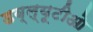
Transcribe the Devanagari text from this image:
डब्‍ल्‍यूटीओ